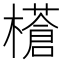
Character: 𭬝